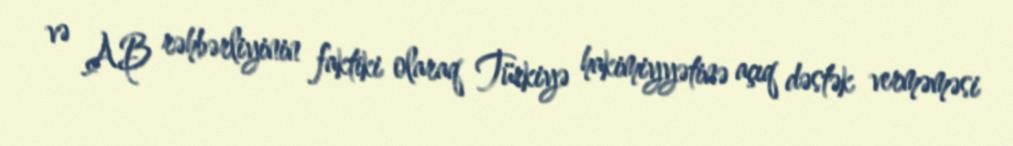
və AB rəhbərliyinin faktiki olaraq Türkiyə hakimiyyətinə açıq dəstək verməməsi